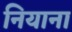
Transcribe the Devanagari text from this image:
नियाना